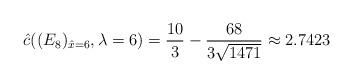
LaTeX: \begin{align*}\hat{c}( (E_8)_{\hat{x}=6},\lambda=6)=\frac{10}{3}-\frac{68}{3\sqrt{1471}} \approx 2.7423 \end{align*}